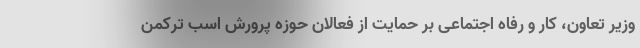
وزیر تعاون، کار و رفاه اجتماعی بر حمایت از فعالان حوزه پرورش اسب ترکمن